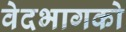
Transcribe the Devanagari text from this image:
वेदभागको